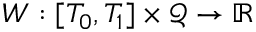
W : [ T _ { 0 } , T _ { 1 } ] \times \mathcal { Q } \rightarrow \mathbb { R }